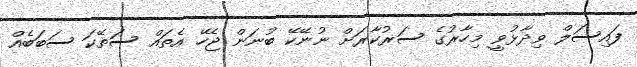
ފައިސަލް ވިދާޅުވީ މިހާރުގެ ސަރުކާރަށް ނުނޭކޭ ބުނަން ޖެހޭ އެތައް ސަތޭކަ ސަބަބެއް